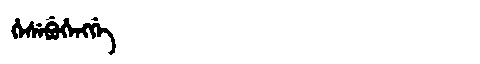
Manchu: ᡥᡝᠰᡝᠪᡠᡥᡝᠩᡤᡝ
Romanization: HESEBUHENGGE